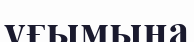
үғымына